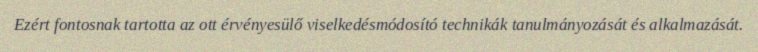
Ezért fontosnak tartotta az ott érvényesülő viselkedésmódosító technikák tanulmányozását és alkalmazását.